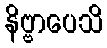
နိဗ္ဗာပေသိ